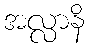
အလ္လာနိ